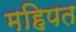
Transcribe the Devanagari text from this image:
महिपत